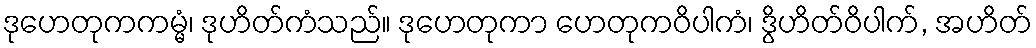
ဒုဟေတုကကမ္မံ၊ ဒုဟိတ်ကံသည်။ ဒုဟေတုကာ ဟေတုကဝိပါကံ၊ ဒွိဟိတ်ဝိပါက်, အဟိတ်